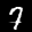
Label: 7